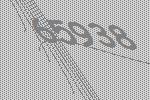
65938